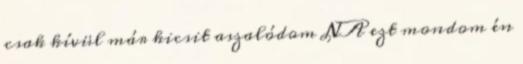
csak kívül már kicsit aszalódom NA ezt mondom én